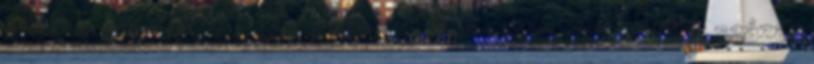
van a Mecseki Ércbányászat IV.-es üzemének. Valaha több százan